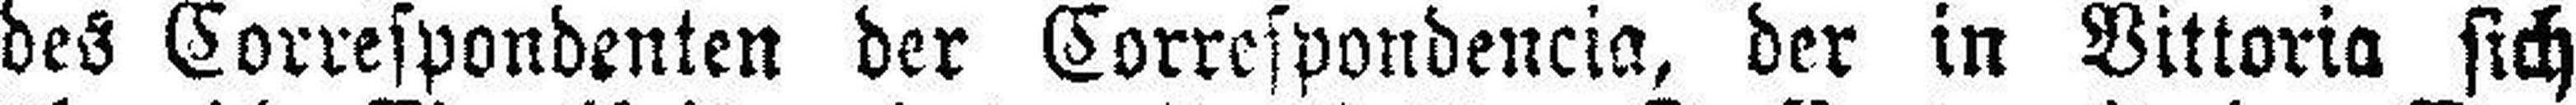
des Correspondenten der Correspondencia, der in Vittoria sich